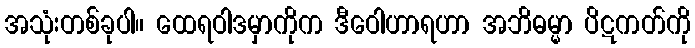
အသုံးတစ်ခုပါ။ ထေရဝါဒမှာကိုက ဒီဝေါဟာရဟာ အဘိဓမ္မာ ပိဋကတ်ကို